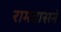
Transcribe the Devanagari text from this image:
रामदासने